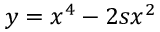
y = x ^ { 4 } - 2 s x ^ { 2 }